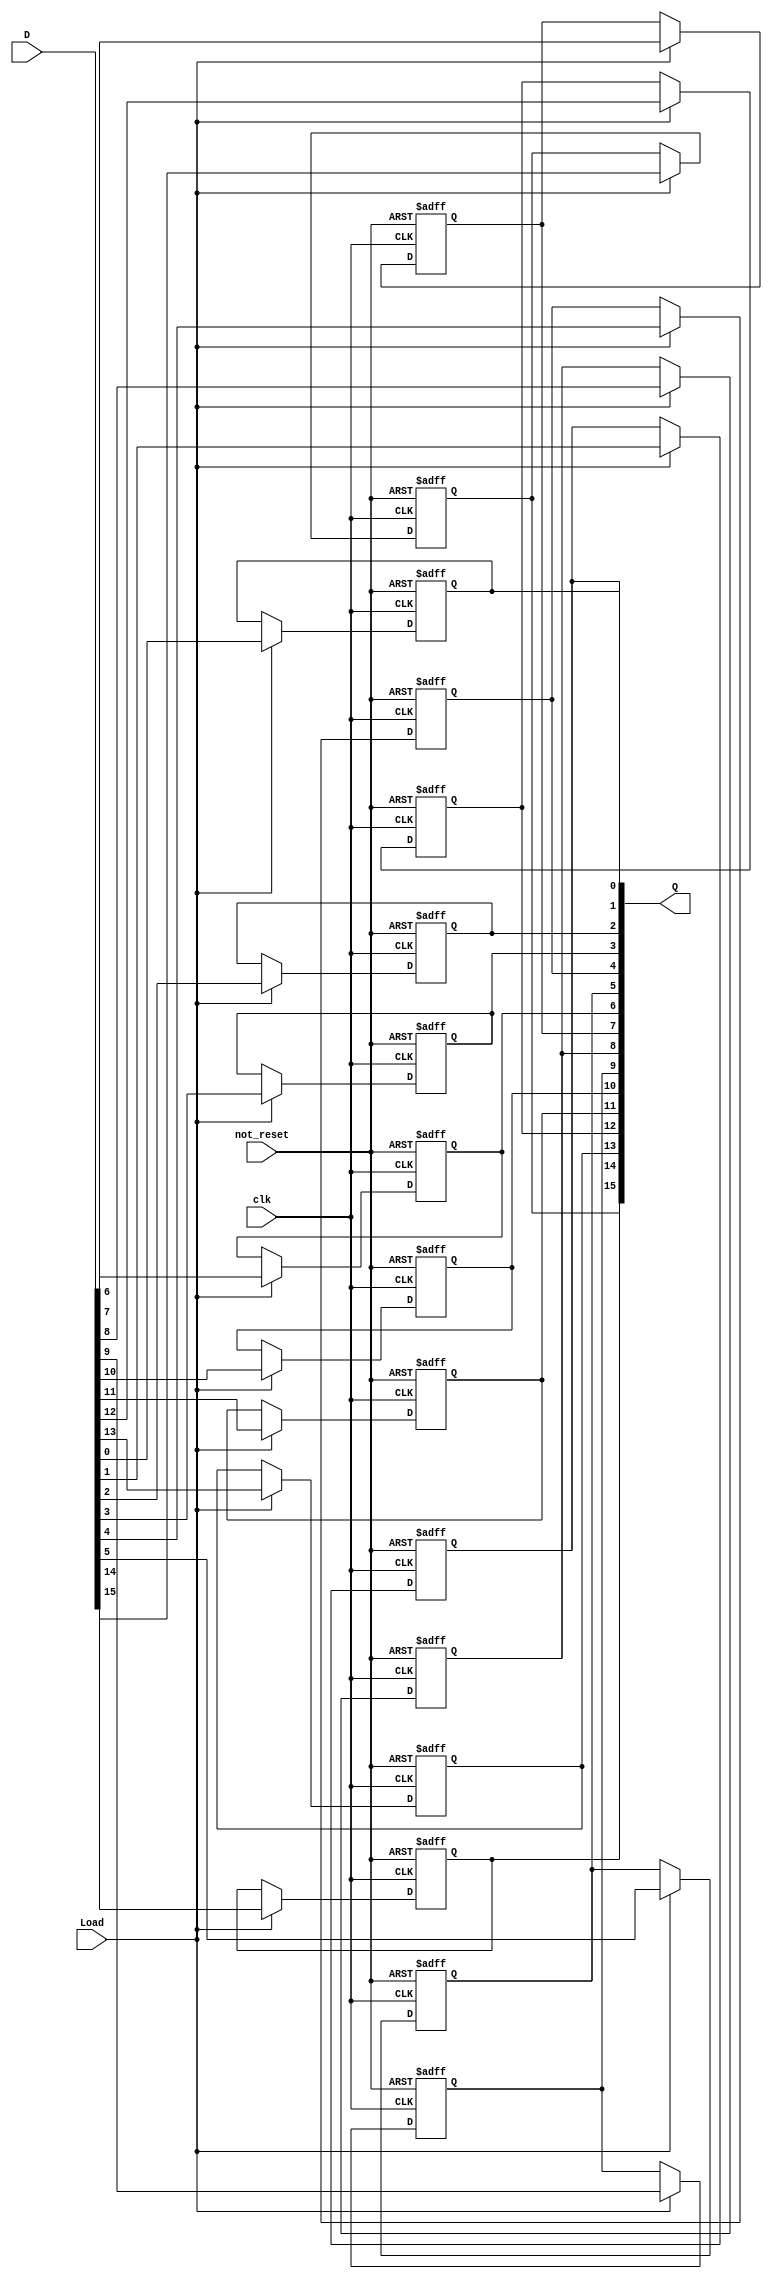
module reg_16bit(
	clk,
	Load,
	not_reset,
	D,
	Q
);


input wire	clk;
input wire	not_reset;
input wire	Load;
input wire	[15:0] D;
output wire	[15:0] Q;

reg	[15:0] Q_ALTERA_SYNTHESIZED;





always@(posedge clk or negedge not_reset)
begin
if (!not_reset)
	begin
	Q_ALTERA_SYNTHESIZED[15] <= 0;
	end
else
if (Load)
	begin
	Q_ALTERA_SYNTHESIZED[15] <= D[15];
	end
end


always@(posedge clk or negedge not_reset)
begin
if (!not_reset)
	begin
	Q_ALTERA_SYNTHESIZED[14] <= 0;
	end
else
if (Load)
	begin
	Q_ALTERA_SYNTHESIZED[14] <= D[14];
	end
end


always@(posedge clk or negedge not_reset)
begin
if (!not_reset)
	begin
	Q_ALTERA_SYNTHESIZED[5] <= 0;
	end
else
if (Load)
	begin
	Q_ALTERA_SYNTHESIZED[5] <= D[5];
	end
end


always@(posedge clk or negedge not_reset)
begin
if (!not_reset)
	begin
	Q_ALTERA_SYNTHESIZED[4] <= 0;
	end
else
if (Load)
	begin
	Q_ALTERA_SYNTHESIZED[4] <= D[4];
	end
end


always@(posedge clk or negedge not_reset)
begin
if (!not_reset)
	begin
	Q_ALTERA_SYNTHESIZED[3] <= 0;
	end
else
if (Load)
	begin
	Q_ALTERA_SYNTHESIZED[3] <= D[3];
	end
end


always@(posedge clk or negedge not_reset)
begin
if (!not_reset)
	begin
	Q_ALTERA_SYNTHESIZED[2] <= 0;
	end
else
if (Load)
	begin
	Q_ALTERA_SYNTHESIZED[2] <= D[2];
	end
end


always@(posedge clk or negedge not_reset)
begin
if (!not_reset)
	begin
	Q_ALTERA_SYNTHESIZED[1] <= 0;
	end
else
if (Load)
	begin
	Q_ALTERA_SYNTHESIZED[1] <= D[1];
	end
end


always@(posedge clk or negedge not_reset)
begin
if (!not_reset)
	begin
	Q_ALTERA_SYNTHESIZED[0] <= 0;
	end
else
if (Load)
	begin
	Q_ALTERA_SYNTHESIZED[0] <= D[0];
	end
end


always@(posedge clk or negedge not_reset)
begin
if (!not_reset)
	begin
	Q_ALTERA_SYNTHESIZED[13] <= 0;
	end
else
if (Load)
	begin
	Q_ALTERA_SYNTHESIZED[13] <= D[13];
	end
end


always@(posedge clk or negedge not_reset)
begin
if (!not_reset)
	begin
	Q_ALTERA_SYNTHESIZED[12] <= 0;
	end
else
if (Load)
	begin
	Q_ALTERA_SYNTHESIZED[12] <= D[12];
	end
end


always@(posedge clk or negedge not_reset)
begin
if (!not_reset)
	begin
	Q_ALTERA_SYNTHESIZED[11] <= 0;
	end
else
if (Load)
	begin
	Q_ALTERA_SYNTHESIZED[11] <= D[11];
	end
end


always@(posedge clk or negedge not_reset)
begin
if (!not_reset)
	begin
	Q_ALTERA_SYNTHESIZED[10] <= 0;
	end
else
if (Load)
	begin
	Q_ALTERA_SYNTHESIZED[10] <= D[10];
	end
end


always@(posedge clk or negedge not_reset)
begin
if (!not_reset)
	begin
	Q_ALTERA_SYNTHESIZED[9] <= 0;
	end
else
if (Load)
	begin
	Q_ALTERA_SYNTHESIZED[9] <= D[9];
	end
end


always@(posedge clk or negedge not_reset)
begin
if (!not_reset)
	begin
	Q_ALTERA_SYNTHESIZED[8] <= 0;
	end
else
if (Load)
	begin
	Q_ALTERA_SYNTHESIZED[8] <= D[8];
	end
end


always@(posedge clk or negedge not_reset)
begin
if (!not_reset)
	begin
	Q_ALTERA_SYNTHESIZED[7] <= 0;
	end
else
if (Load)
	begin
	Q_ALTERA_SYNTHESIZED[7] <= D[7];
	end
end


always@(posedge clk or negedge not_reset)
begin
if (!not_reset)
	begin
	Q_ALTERA_SYNTHESIZED[6] <= 0;
	end
else
if (Load)
	begin
	Q_ALTERA_SYNTHESIZED[6] <= D[6];
	end
end

assign	Q = Q_ALTERA_SYNTHESIZED;

endmodule